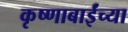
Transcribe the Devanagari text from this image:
कृष्णाबाईंच्या